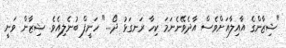
"ޝިޒާންގެ އާއިލާއަށްވެސް އާދެވޭނެނަމަ ކިހާ ރަނގަޅު ދޯ..." ހަނީފް ބުނެލިއެވެ. ޝިޒާން ވަނީ